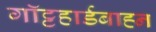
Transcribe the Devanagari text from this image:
गॉट्टहार्डबाह्न